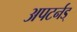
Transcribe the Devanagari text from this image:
अपटर्नड्